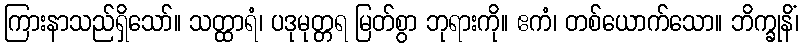
ကြားနာသည်ရှိသော်။ သတ္ထာရံ၊ ပဒုမုတ္တရ မြတ်စွာ ဘုရားကို။ ဧကံ၊ တစ်ယောက်သော။ ဘိက္ခုနိံ၊